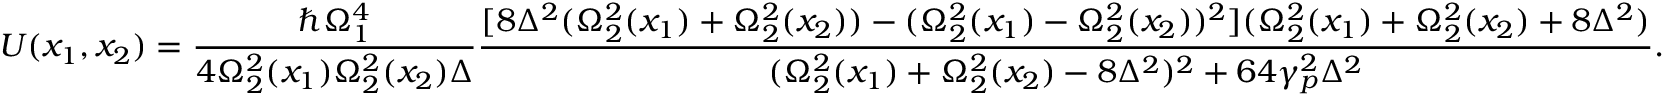
U ( x _ { 1 } , x _ { 2 } ) = \frac { \hbar \Omega _ { 1 } ^ { 4 } } { 4 \Omega _ { 2 } ^ { 2 } ( x _ { 1 } ) \Omega _ { 2 } ^ { 2 } ( x _ { 2 } ) \Delta } \frac { [ 8 \Delta ^ { 2 } ( \Omega _ { 2 } ^ { 2 } ( x _ { 1 } ) + \Omega _ { 2 } ^ { 2 } ( x _ { 2 } ) ) - ( \Omega _ { 2 } ^ { 2 } ( x _ { 1 } ) - \Omega _ { 2 } ^ { 2 } ( x _ { 2 } ) ) ^ { 2 } ] ( \Omega _ { 2 } ^ { 2 } ( x _ { 1 } ) + \Omega _ { 2 } ^ { 2 } ( x _ { 2 } ) + 8 \Delta ^ { 2 } ) } { ( \Omega _ { 2 } ^ { 2 } ( x _ { 1 } ) + \Omega _ { 2 } ^ { 2 } ( x _ { 2 } ) - 8 \Delta ^ { 2 } ) ^ { 2 } + 6 4 \gamma _ { p } ^ { 2 } \Delta ^ { 2 } } .